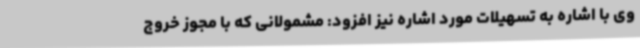
وی با اشاره به تسهیلات مورد اشاره نیز افزود: مشمولانی که با مجوز خروج